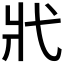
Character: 𢍿